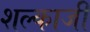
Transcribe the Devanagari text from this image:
शल्काजी